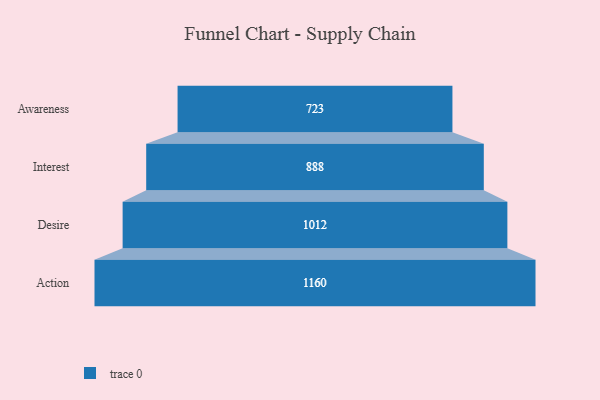
{"axis": {"x": "Stage", "y": "Value"}, "legend": [""], "data": [{"x": "Awareness", "y": 723.0, "type": ""}, {"x": "Interest", "y": 888.0, "type": ""}, {"x": "Desire", "y": 1012.0, "type": ""}, {"x": "Action", "y": 1160.0, "type": ""}]}